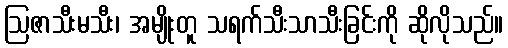
ဩဇာသီးမသီး၊ အမျိုးတူ သရက်သီးသာသီးခြင်းကို ဆိုလိုသည်။